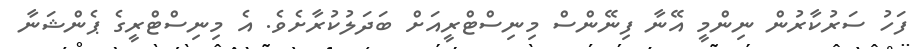
ފަހު ސަރުކާރުން ނިންމީ އޭނާ ފިނޭންސް މިނިސްޓްރީއަށް ބަދަލުކުރާށެވެ. އެ މިނިސްޓްރީގެ ޕެންޝަނާ